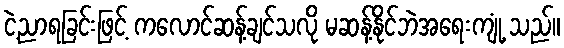
ငဲ့ညာရခြင်းဖြင့် ကလောင်ဆန့်ချင်သလို မဆန့်နိုင်ဘဲအရေးကျုံ့ သည်။